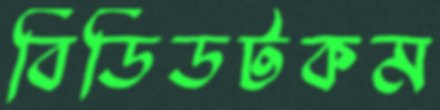
বিডিডটকম